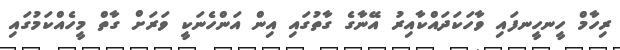
ރިހާމް ހީނހީނފައި ވާހަކަދައްކާއިރު އޭނާގެ ގާތުގައި އިން އަންހެނަކީ ވަރަށް ގާތް މީހެއްކަމުގައި